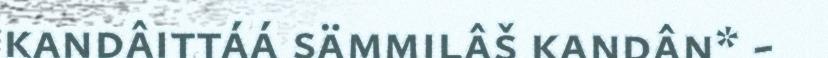
kandâittáá sämmilâš kandân* -